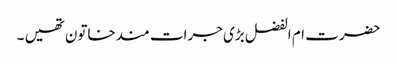
حضرت ام الفضل بڑی جرات مندخاتون تھیں ۔